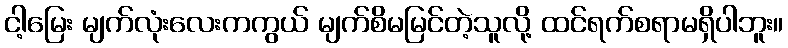
ငါ့မြေး မျက်လုံးလေးကကွယ် မျက်စိမမြင်တဲ့သူလို့ ထင်ရက်စရာမရှိပါဘူး။